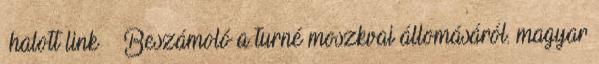
halott link ↑ Beszámoló a turné moszkvai állomásáról. magyar